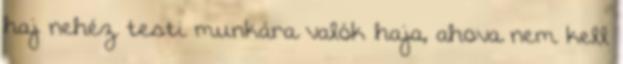
haj nehéz testi munkára valók haja, ahova nem kell